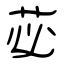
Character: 苾